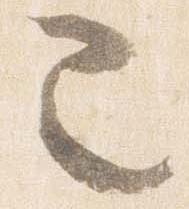
也